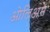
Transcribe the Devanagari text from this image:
ओलिअम